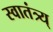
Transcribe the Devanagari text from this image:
स्वातंत्र्य्